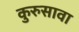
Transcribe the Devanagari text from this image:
कुरुसावा